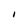
Character: I